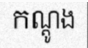
កណ្តូង